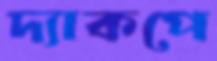
দ্যাকপে